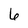
Character: 6